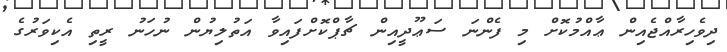
ދިވެހިރާއްޖެއިން ޢާއްމުކޮށް މި ފެންނަ ސަޢޫދީއިން ޗާޕްކޮށްފައިވާ އަތުލިޔުން ނުހަނު ރީތި އެކިވަރުގެ